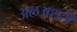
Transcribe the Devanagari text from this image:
अलअशरी